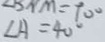
\angle A = 4 0 ^ { \circ }